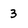
Character: 3